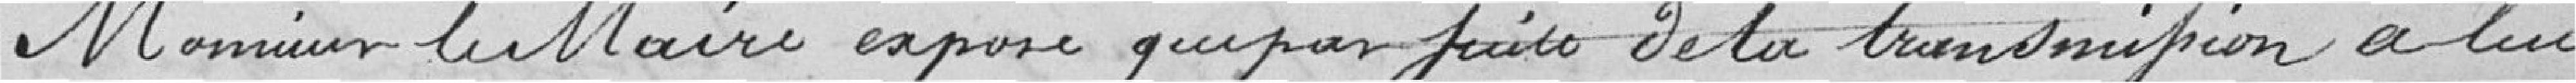
Monsieur Le Maire expose que par suite de la transcription à lui